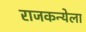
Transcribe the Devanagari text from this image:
राजकन्येला